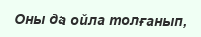
Оны да ойла толғанып,